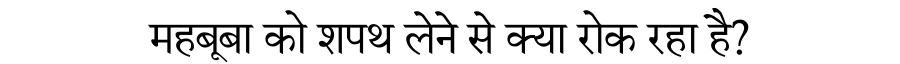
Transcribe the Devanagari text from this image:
महबूबा को शपथ लेने से क्या रोक रहा है?